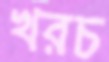
খরচ